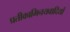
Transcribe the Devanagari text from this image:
प्रतीकाभिनयवादियों